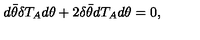
d \bar { \theta } \delta T _ { A } d \theta + 2 \delta \bar { \theta } d T _ { A } d \theta = 0 ,